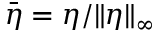
\bar { \eta } = \eta / \| \eta \| _ { \infty }